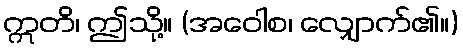
ဣတိ၊ ဤသို့။ (အဝေါစ၊ လျှောက်၏။)